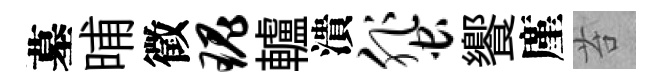
墓晡徵瑰轤潰蜚饗廑苔